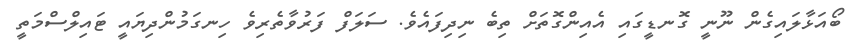
ބޯއަޅާލައިގެން ނޫނީ ގޮނޑީގައި އެއިންގޮތަށް ތިބެ ނިދިފައެވެ. ސަލަފް ފަރުވާތެރިވެ ހިނގަމުންދިޔައީ ޓައިލްސްމަތީ